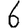
Digit: 6